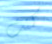
كنت